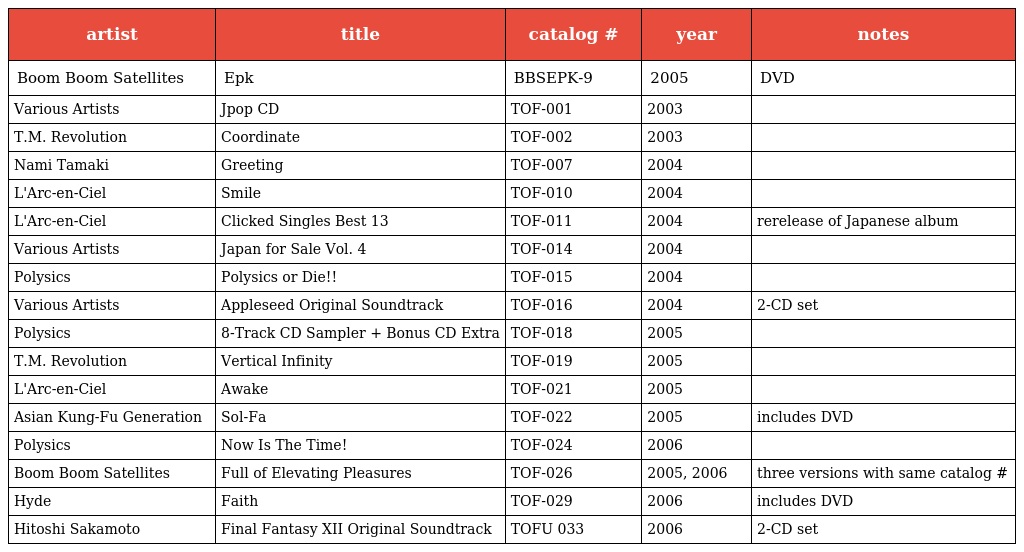
| artist | title | catalog # | year | notes |
 | --- | --- | --- | --- | --- |
 | Boom Boom Satellites | Epk | BBSEPK-9 | 2005 | DVD |
 | Various Artists | Jpop CD | TOF-001 | 2003 |  |
 | T.M. Revolution | Coordinate | TOF-002 | 2003 |  |
 | Nami Tamaki | Greeting | TOF-007 | 2004 |  |
 | L'Arc-en-Ciel | Smile | TOF-010 | 2004 |  |
 | L'Arc-en-Ciel | Clicked Singles Best 13 | TOF-011 | 2004 | rerelease of Japanese album |
 | Various Artists | Japan for Sale Vol. 4 | TOF-014 | 2004 |  |
 | Polysics | Polysics or Die!! | TOF-015 | 2004 |  |
 | Various Artists | Appleseed Original Soundtrack | TOF-016 | 2004 | 2-CD set |
 | Polysics | 8-Track CD Sampler + Bonus CD Extra | TOF-018 | 2005 |  |
 | T.M. Revolution | Vertical Infinity | TOF-019 | 2005 |  |
 | L'Arc-en-Ciel | Awake | TOF-021 | 2005 |  |
 | Asian Kung-Fu Generation | Sol-Fa | TOF-022 | 2005 | includes DVD |
 | Polysics | Now Is The Time! | TOF-024 | 2006 |  |
 | Boom Boom Satellites | Full of Elevating Pleasures | TOF-026 | 2005, 2006 | three versions with same catalog # |
 | Hyde | Faith | TOF-029 | 2006 | includes DVD |
 | Hitoshi Sakamoto | Final Fantasy XII Original Soundtrack | TOFU 033 | 2006 | 2-CD set |